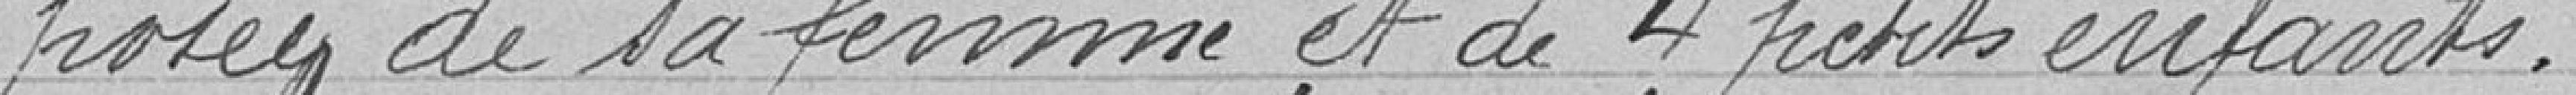
posée de sa femme et de 4 petits enfants.